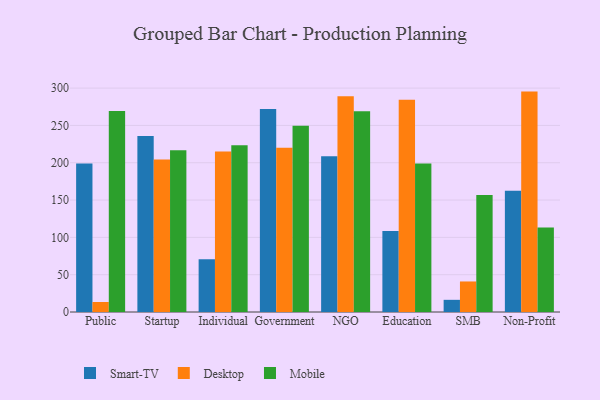
{"axis": {"x": "Segment", "y": "Population (Million)"}, "legend": ["Desktop", "Mobile", "Smart-TV"], "data": [{"x": "Public", "y": 199.0, "type": "Smart-TV"}, {"x": "Public", "y": 13.4, "type": "Desktop"}, {"x": "Public", "y": 269.2, "type": "Mobile"}, {"x": "Startup", "y": 235.8, "type": "Smart-TV"}, {"x": "Startup", "y": 204.4, "type": "Desktop"}, {"x": "Startup", "y": 216.7, "type": "Mobile"}, {"x": "Individual", "y": 70.7, "type": "Smart-TV"}, {"x": "Individual", "y": 215.2, "type": "Desktop"}, {"x": "Individual", "y": 223.5, "type": "Mobile"}, {"x": "Government", "y": 272.0, "type": "Smart-TV"}, {"x": "Government", "y": 220.2, "type": "Desktop"}, {"x": "Government", "y": 249.4, "type": "Mobile"}, {"x": "NGO", "y": 208.7, "type": "Smart-TV"}, {"x": "NGO", "y": 289.0, "type": "Desktop"}, {"x": "NGO", "y": 269.1, "type": "Mobile"}, {"x": "Education", "y": 108.4, "type": "Smart-TV"}, {"x": "Education", "y": 284.3, "type": "Desktop"}, {"x": "Education", "y": 198.8, "type": "Mobile"}, {"x": "SMB", "y": 16.3, "type": "Smart-TV"}, {"x": "SMB", "y": 40.9, "type": "Desktop"}, {"x": "SMB", "y": 156.7, "type": "Mobile"}, {"x": "Non-Profit", "y": 162.3, "type": "Smart-TV"}, {"x": "Non-Profit", "y": 295.3, "type": "Desktop"}, {"x": "Non-Profit", "y": 113.1, "type": "Mobile"}]}